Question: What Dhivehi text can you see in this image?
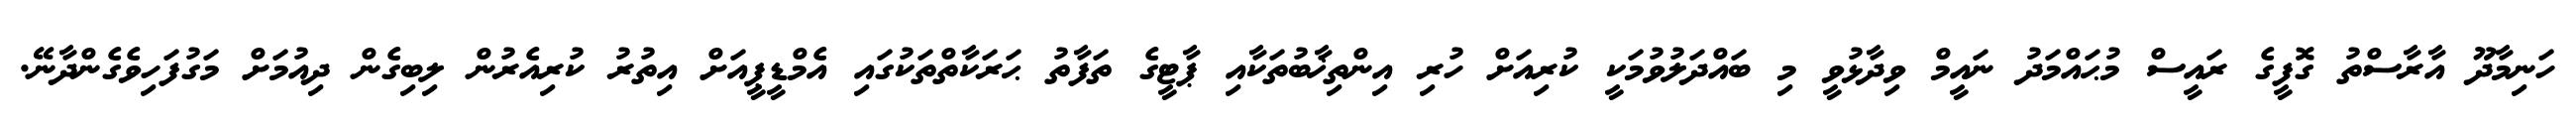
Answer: ހަނިމާދޫ އާރާސްތު ގޮފީގެ ރައީސް މުޙައްމަދު ނައީމް ވިދާޅުވީ މި ބައްދަލުވުމަކީ ކުރިއަށް ހުރި އިންތިޚާބުތަކާއި ޕާޓީގެ ތަފާތު ޙަރަކާތްތަކުގައި އެމްޑީޕީއަށް އިތުރު ކުރިއެރުން ލިބިގެން ދިއުމަށް މަގުފަހިވެގެންދާނޭ.